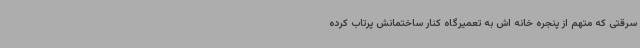
سرقتی که متهم از پنجره خانه اش به تعمیرگاه کنار ساختمانش پرتاب کرده